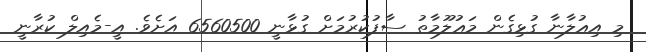
މި އިޢުލާނާ ގުޅިގެން މަޢުލޫމާތު ސާފުކުރުމަށް ގުޅާނީ 6560500 އަށެވެ. އީ-މެއިލް ކުރާނީ